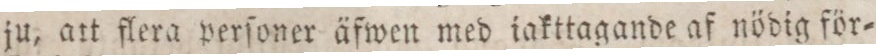
ju, att flera perſoner äfwen med iakttagande af nödig för=